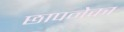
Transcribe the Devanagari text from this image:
छापनेका